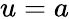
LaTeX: u=a